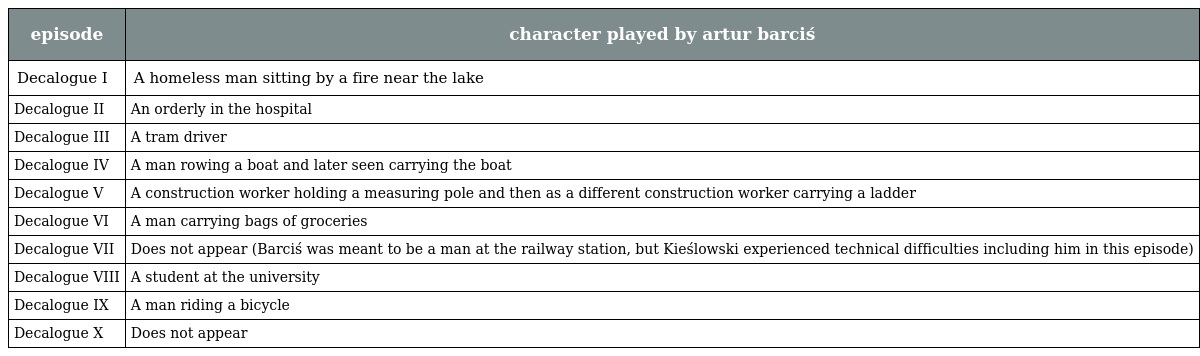
| episode | character played by artur barciś |
 | --- | --- |
 | Decalogue I | A homeless man sitting by a fire near the lake |
 | Decalogue II | An orderly in the hospital |
 | Decalogue III | A tram driver |
 | Decalogue IV | A man rowing a boat and later seen carrying the boat |
 | Decalogue V | A construction worker holding a measuring pole and then as a different construction worker carrying a ladder |
 | Decalogue VI | A man carrying bags of groceries |
 | Decalogue VII | Does not appear (Barciś was meant to be a man at the railway station, but Kieślowski experienced technical difficulties including him in this episode) |
 | Decalogue VIII | A student at the university |
 | Decalogue IX | A man riding a bicycle |
 | Decalogue X | Does not appear |